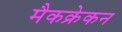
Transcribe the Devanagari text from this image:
मैकक्रेकन